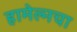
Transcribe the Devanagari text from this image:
हामेल्नचा